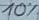
Text: 10%